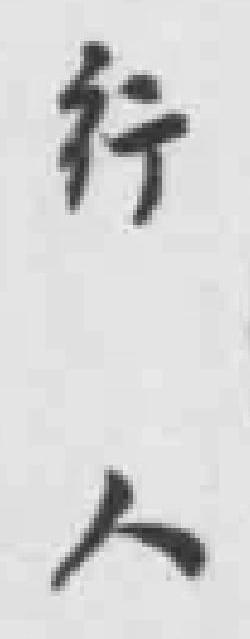
行人